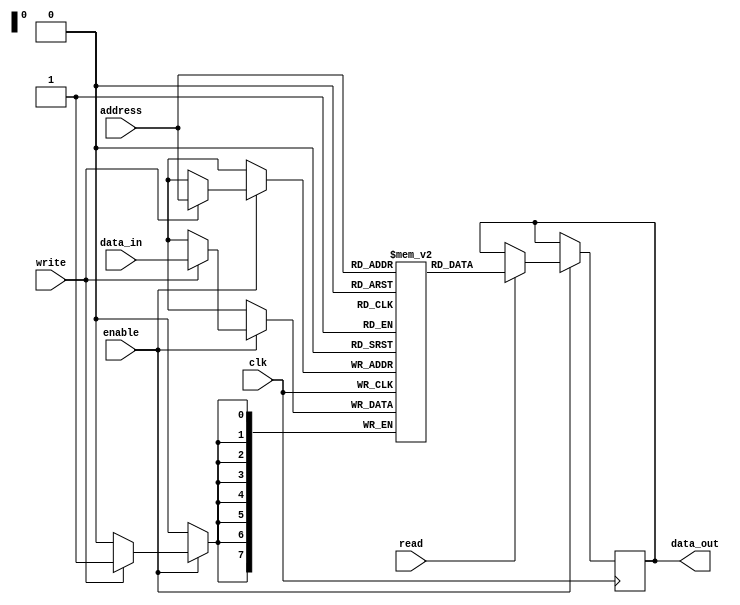
module DRAM (
    input wire clk,
    input wire enable,
    input wire read,
    input wire write,
    input wire [7:0] address,
    input wire [7:0] data_in,
    output reg [7:0] data_out
);

reg [7:0] memory [0:255];
reg [7:0] selected_data;

always @(posedge clk) begin
    if (enable) begin
        if (read) begin
            selected_data <= memory[address];
        end
        if (write) begin
            memory[address] <= data_in;
        end
    end
end

assign data_out = selected_data;

endmodule